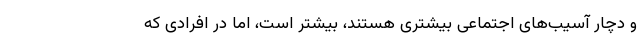
و دچار آسیب‌های اجتماعی بیشتری هستند، بیشتر است، اما در افرادی که